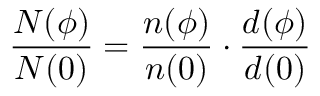
\frac { N ( \phi ) } { N ( 0 ) } = \frac { n ( \phi ) } { n ( 0 ) } \cdot \frac { d ( \phi ) } { d ( 0 ) }